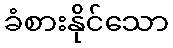
ခံစားနိုင်သော